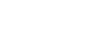
အဝိမနော